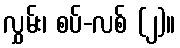
လွှမ်း၊ စပ်-လစ် (၂)။